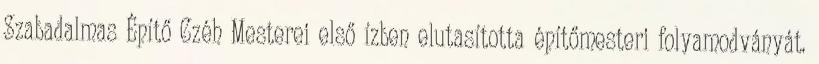
Szabadalmas Építő Czéh Mesterei első ízben elutasította építőmesteri folyamodványát.